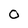
Character: O